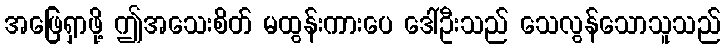
အဖြေရှာဖို့ ဤအသေးစိတ် မထွန်းကားပေ ဒေါ်ဦးသည် သေလွန်သောသူသည်